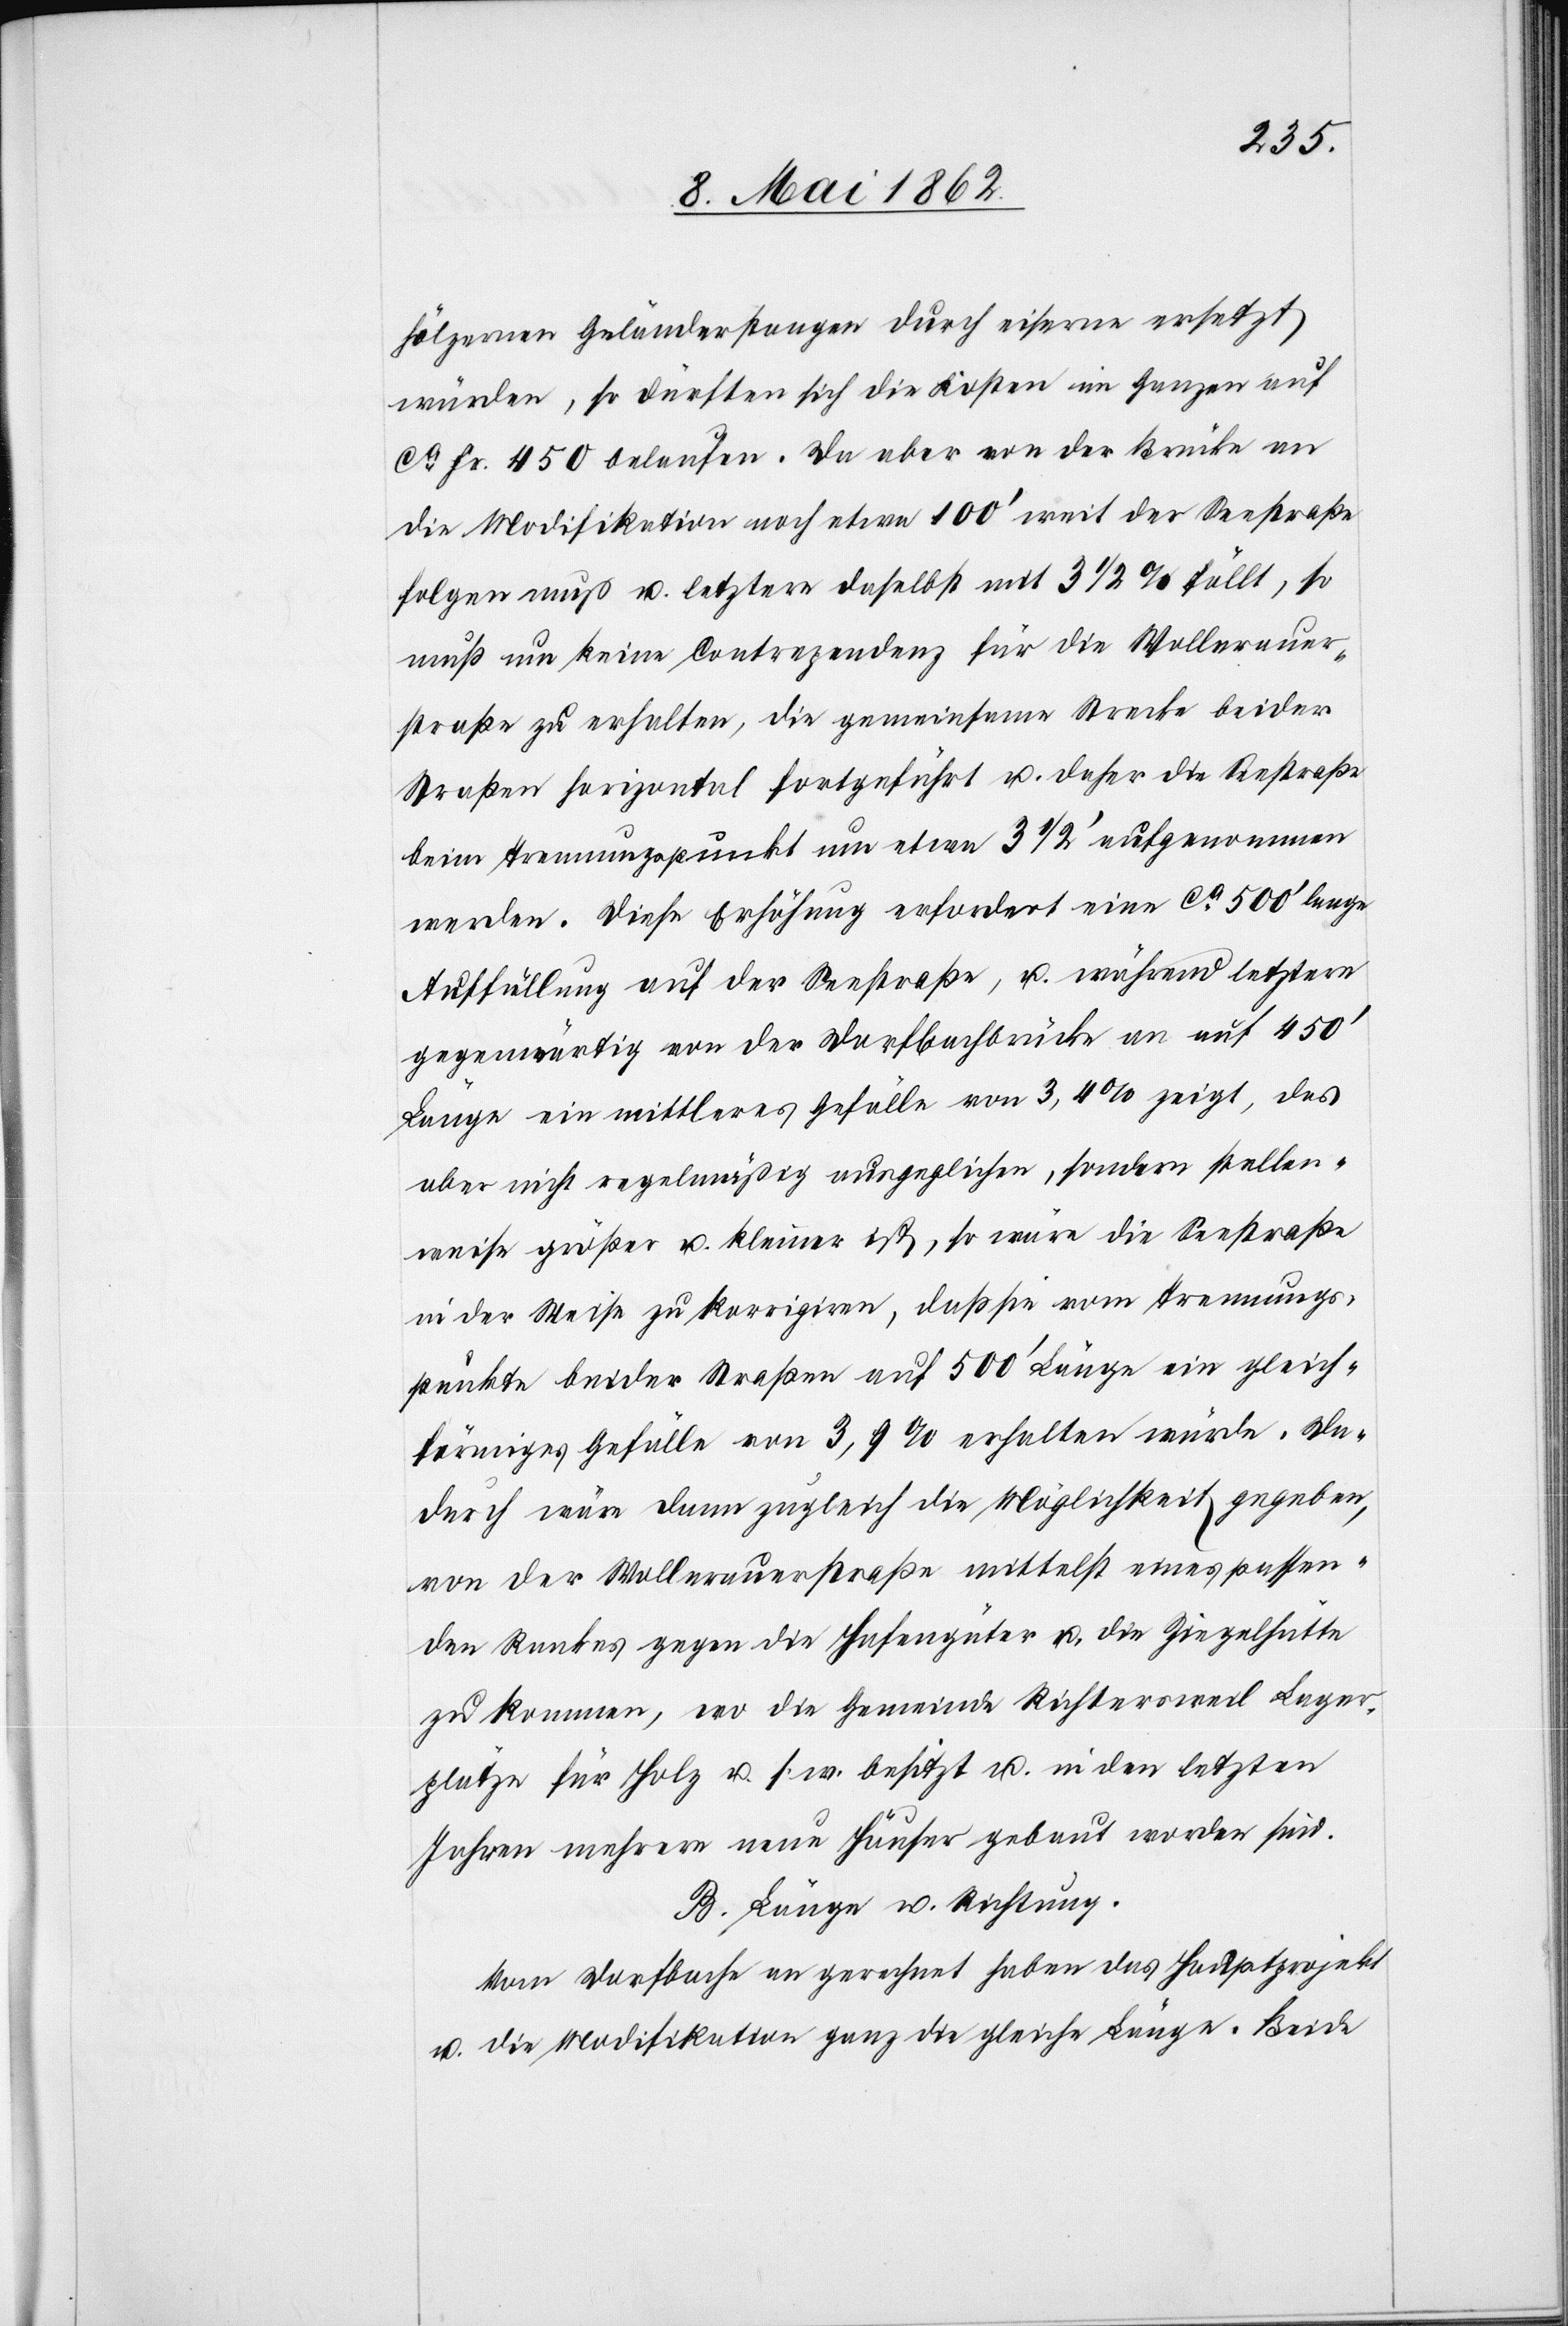
hölzernen Geländerstangen durch eiserne ersetzt
würden, so dürften sich die Kosten im Ganzen auf
ca. Fr. 450 belaufen. Da aber von der Brücke an
die Modifikation noch etwa 100’ weit der Seestraße
folgen muß u. letztere daselbst mit 3 1/2% fällt, so
muß um keine Contrazenenz für die Wollerauer¬
straße zu erhalten, die gemeinsame Strecke beider
Straße horizontal fortgeführt u. daher die Seestraße
beim Trennungspunkt um etwa 3 1/2’ aufgenommen
werden. Diese Erhöhung erfordert eine ca. 500’ lange
Auffüllung auf der Seestraße, u. während letztere
gegenwärtig von der Dorfbachbrücke an auf 450’
Länge ein mittleres Gefälle von 3,4% zeigt, das
aber nicht regelmäßig ausgeglichen, sondern stellen¬
weise größer u. kleiner ist, so wäre die Seestraße
in der Weise zu korrigiren, daß sie vom Trennungs¬
punkte beider Straßen auf 500’ Länge ein gleich¬
förmiges Gefälle von 3,9% erhalten würde. Da¬
durch wäre dann zugleich die Möglichkeit gegeben,
von der Wollerauerstraße mittelst eines passen¬
den Rankes gegen die Hafengüter u. die Ziegelhütte
zu kommen, wo die Gemeinde Richtersweil Lager¬
plätze für Holz u. s. w. besitzt u. in den letzten
Jahren mehrere neue Häuser gebaut worden sind.
B. Länge u. Richtung.
Vom Dorfbache an gerechnet haben das Hauptprojekt
u. die Modifikation ganz die gleiche Länge. Beide